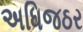
અધિજઠર